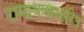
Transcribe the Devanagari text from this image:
रामायणाधारित